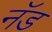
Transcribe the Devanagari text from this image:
नॅड